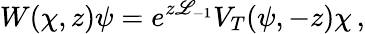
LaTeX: W(\chi,z)\psi=e^{z\mathscr{L}_{-1}}V_{T}(\psi,-z)\chi\, ,